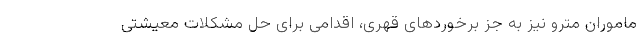
ماموران مترو نیز به جز برخوردهای قهری، اقدامی برای حل مشکلات معیشتی